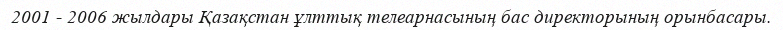
2001 - 2006 жылдары Қазақстан ұлттық телеарнасының бас директорының орынбасары.